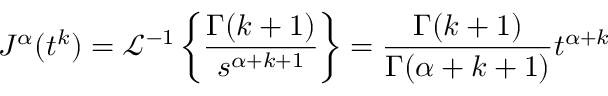
J ^ { \alpha } ( t ^ { k } ) = { \mathcal { L } } ^ { - 1 } \left\{ { \frac { \Gamma ( k + 1 ) } { s ^ { \alpha + k + 1 } } } \right\} = { \frac { \Gamma ( k + 1 ) } { \Gamma ( \alpha + k + 1 ) } } t ^ { \alpha + k }